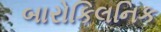
બારોકિલનિક